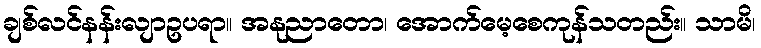
ချစ်လင်နန်းလျာဥပရာ။ အနုညာတော၊ အောက်မေ့စေကုန်သတည်း။ သာမိ၊